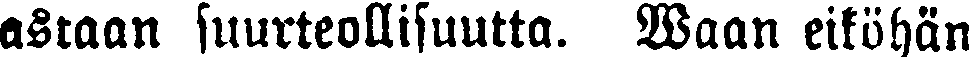
astaan suurteollisuutta. Waan eiköhän